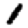
Digit: 1